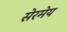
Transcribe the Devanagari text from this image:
सेरमेय